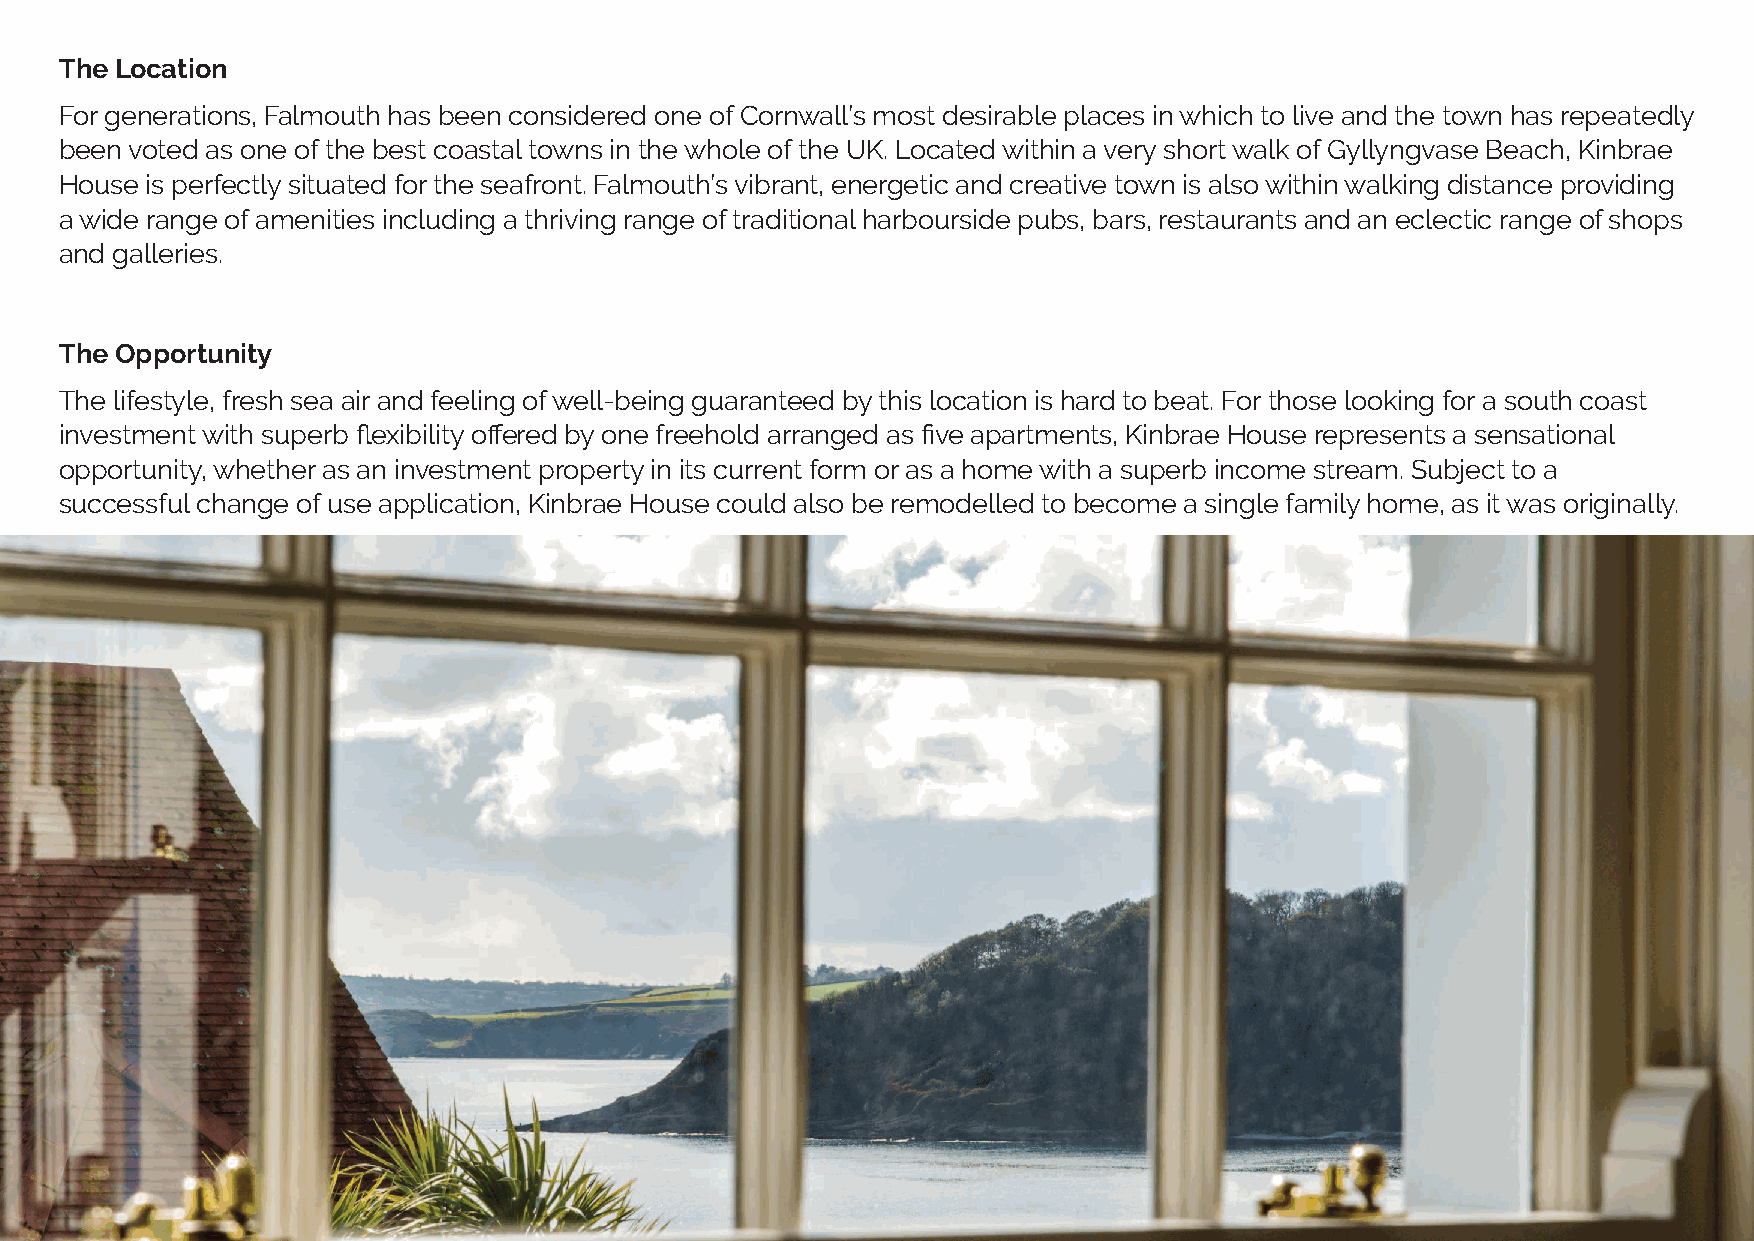
The Location
 For generations, Falmouth has been considered one of Cornwall’s most desirable places in which to live and the town has repeatedly
 been voted as one of the best coastal towns in the whole of the UK. Located within a very short walk of Gyllyngvase Beach, Kinbrae
 House is perfectly situated for the seafront. Falmouth’s vibrant, energetic and creative town is also within walking distance providing
 a wide range of amenities including a thriving range of traditional harbourside pubs, bars, restaurants and an eclectic range of shops
 and galleries.
 The Opportunity
 The lifestyle, fresh sea air and feeling of well-being guaranteed by this location is hard to beat. For those looking for a south coast
 investment with superb flexibility offered by one freehold arranged as five apartments, Kinbrae House represents a sensational
 opportunity, whether as an investment property in its current form or as a home with a superb income stream. Subject to a
 successful change of use application, Kinbrae House could also be remodelled to become a single family home, as it was originally.